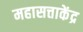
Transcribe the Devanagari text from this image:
महासत्ताकेंद्र